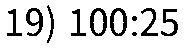
19) 100:25